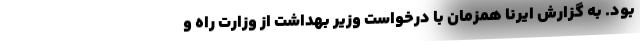
بود. به گزارش ایرنا همزمان با درخواست وزیر بهداشت از وزارت راه و